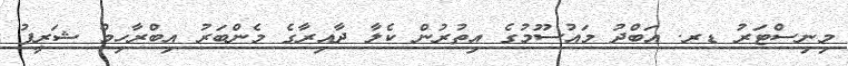
މިނިސްޓަރު ޑރ. އަބްދު މައުސޫމުގެ އިތުރުން ކެލާ ދާއިރާގެ މެންބަރު އިބްރާހިމް ޝަރީފު